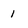
Character: I